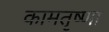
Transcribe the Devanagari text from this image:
कामतृष्णा